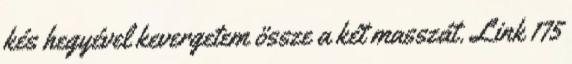
kés hegyével kevergetem össze a két masszát. Link 175